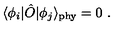
\langle \phi _ { i } | \hat { O } | \phi _ { j } \rangle _ { \mathrm { \tiny p h y } } = 0 \ .